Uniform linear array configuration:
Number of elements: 48
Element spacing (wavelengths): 1
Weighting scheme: blackman
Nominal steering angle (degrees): -15
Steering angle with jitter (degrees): -13.602
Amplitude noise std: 0.05
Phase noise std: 0.05

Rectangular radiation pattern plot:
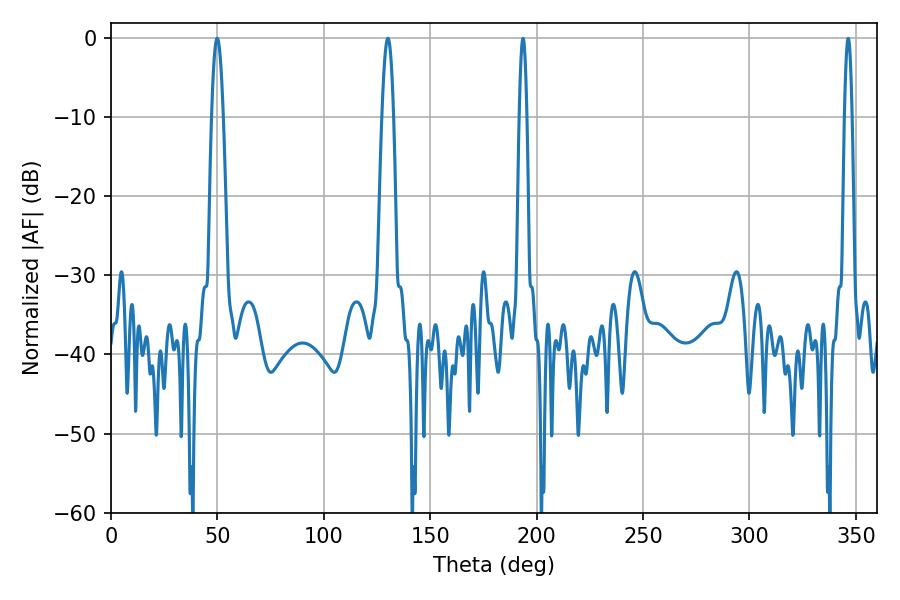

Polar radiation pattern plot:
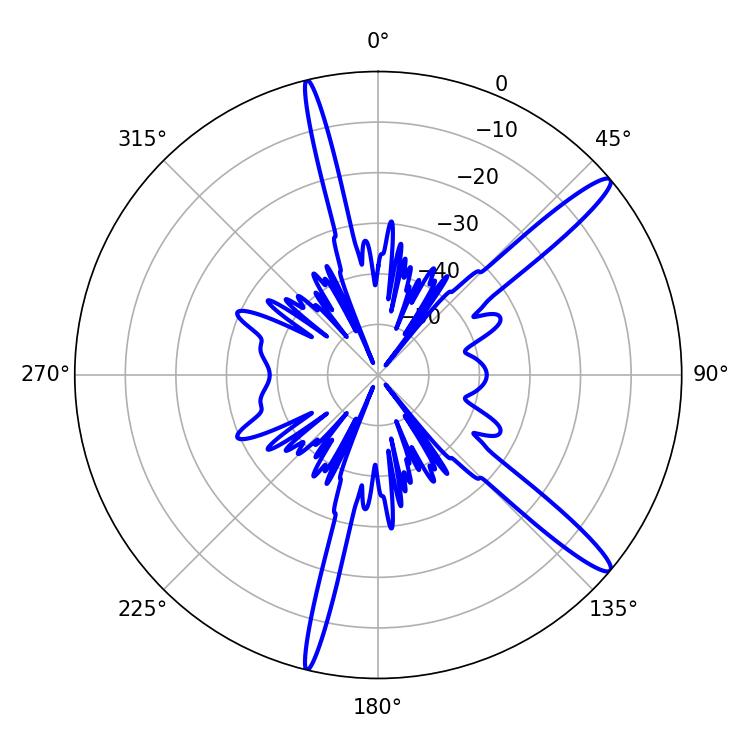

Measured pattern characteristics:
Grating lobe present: TRUE
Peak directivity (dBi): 14.56
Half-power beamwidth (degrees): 3.06
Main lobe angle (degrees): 49.86